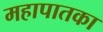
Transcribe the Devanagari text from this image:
महापातका